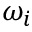
\omega _ { i }